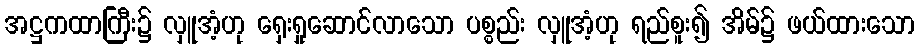
အဋ္ဌကထာကြီး၌ လှူအံ့ဟု ရှေးရှုဆောင်လာသော ပစ္စည်း လှူအံ့ဟု ရည်စူး၍ အိမ်၌ ဖယ်ထားသော